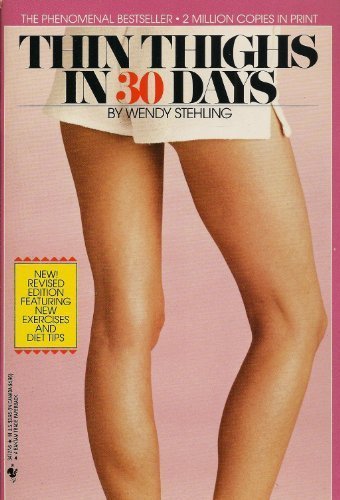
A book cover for Thin Thighs in Thirty Days; Wendy Stehling; Health, Fitness & Dieting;